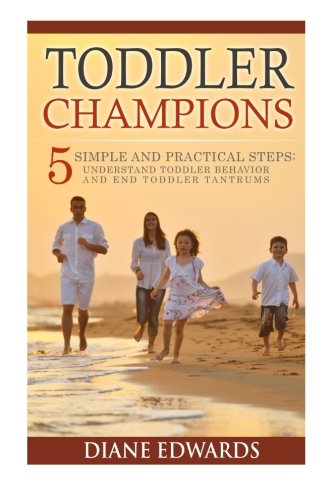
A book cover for Toddler Champions : 5 Simple and Practical Steps: Understand Toddler Behavior and End Toddler Tantrums; Diane Edwards; Parenting & Relationships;